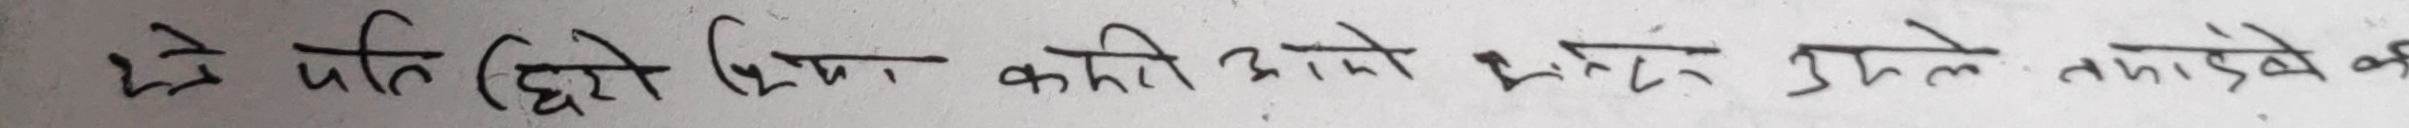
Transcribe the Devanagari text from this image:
जे पनि (छोड़ी दिया कहि आए भने उहले ताड़ेको की